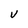
Character: V